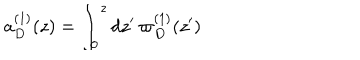
a _ { D } ^ { ( 1 ) } ( z ) = \int _ { 0 } ^ { z } d z ^ { \prime } \, \varpi _ { D } ^ { ( 1 ) } ( z ^ { \prime } )